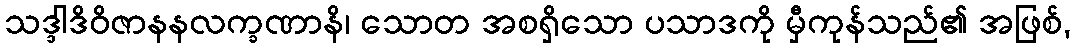
သဒ္ဒါဒိဝိဇာနနလက္ခဏာနိ၊ သောတ အစရှိသော ပသာဒကို မှီကုန်သည်၏ အဖြစ်,